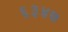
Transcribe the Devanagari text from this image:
६३४७